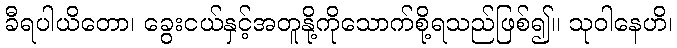
ခီရပါယိတော၊ ခွေးငယ်နှင့်အတူနို့ကိုသောက်စို့ရသည်ဖြစ်၍။ သုဝါနေဟိ၊